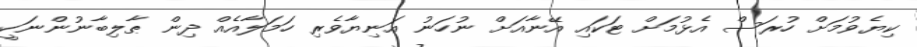
ކިޔެވުމަށް ހުރަސް އެޅުމަށް ޓަކައި އޭނާއަށް ނުހަނު އަނިޔާވެރި ހަމަލާއެއް ދިން ޠާލިބާނުންނަކީ